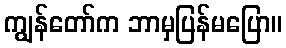
ကျွန်တော်က ဘာမှပြန်မပြော။